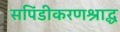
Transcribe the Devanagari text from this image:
सपिंडीकरणश्राद्ध